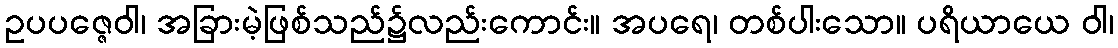
ဥပပဇ္ဇေဝါ၊ အခြားမဲ့ဖြစ်သည်၌လည်းကောင်း။ အပရေ၊ တစ်ပါးသော။ ပရိယာယေ ဝါ၊